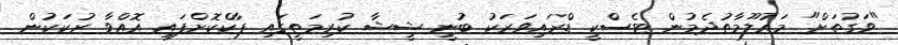
"ވަގުތަށް" މައުލޫމާތުދެމުން ޓެސްކީ ޑްރައިވަރަކު ބުނީ ޝީޝާ ކުރިމަތީގައި ޕާކްކޮށްފައި އޮއްވާ ރުކަކުން